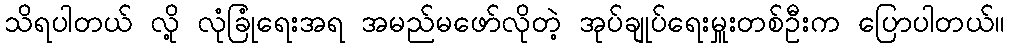
သိရပါတယ် လို့ လုံခြုံရေးအရ အမည်မဖော်လိုတဲ့ အုပ်ချုပ်ရေးမှူးတစ်ဦးက ပြောပါတယ်။